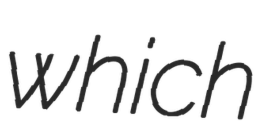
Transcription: which